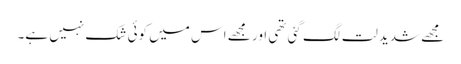
مجھے شدید لت لگ گئی تھی اور مجھے اس میں کوئی شک نہیں ہے۔